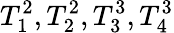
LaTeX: T_{1}^{2},T_{2}^{2},T_{3}^{3},T_{4}^{3}